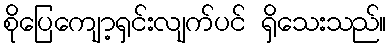
စိုပြေကျော့ရှင်းလျက်ပင် ရှိသေးသည်။